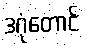
ဒဂုံတောင်